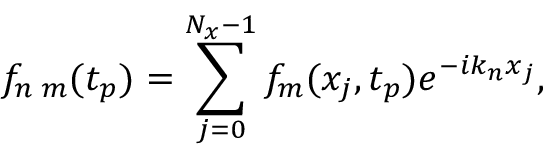
f _ { n \; m } ( t _ { p } ) = \sum _ { j = 0 } ^ { N _ { x } - 1 } f _ { m } ( x _ { j } , t _ { p } ) e ^ { - i k _ { n } x _ { j } } ,